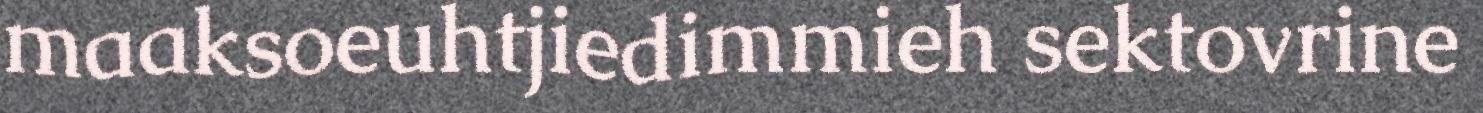
maaksoeuhtjiedimmieh sektovrine